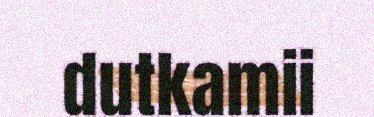
dutkamii